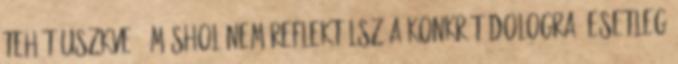
tehát uszkve=0 Máshol nem reflektálsz a konkrét dologra. Esetleg